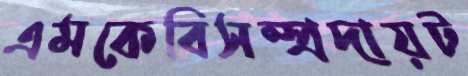
এমকেবিসম্প্রদায়ট